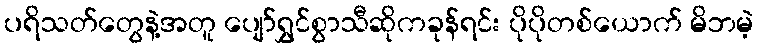
ပရိသတ်တွေနဲ့အတူ ပျော်ရွှင်စွာသီဆိုကခုန်ရင်း ပိုပိုတစ်ယောက် မိဘမဲ့